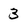
Character: 3